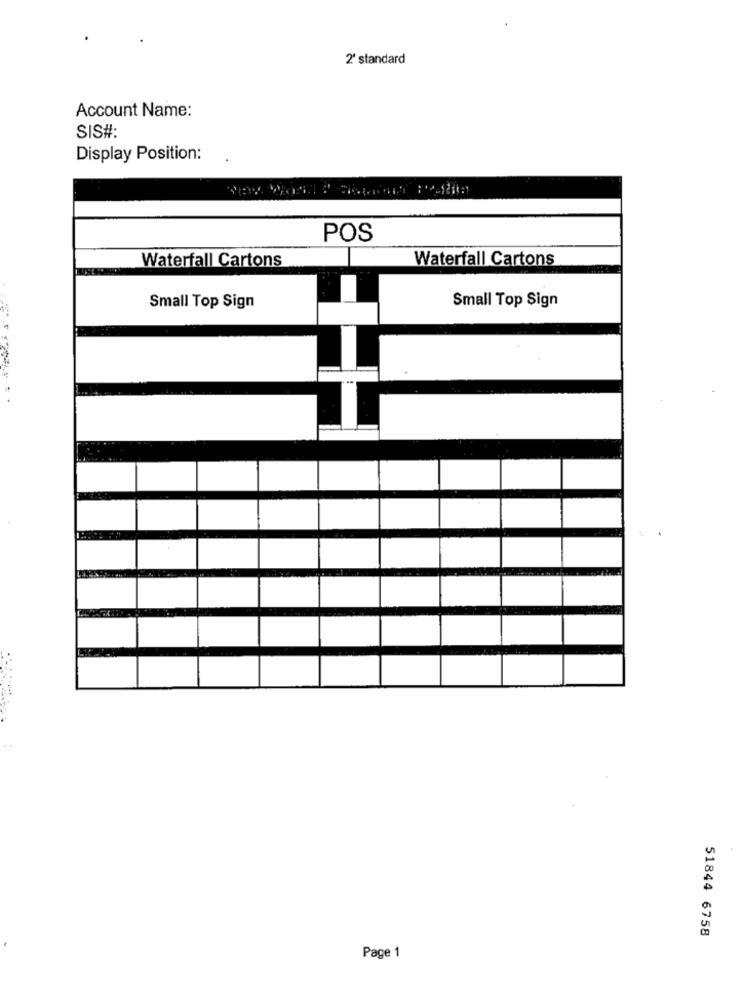
2' standard
Account Name:
SIS#
Display Position:
POS
Waterfall Cartons
Waterfall Cartons
Small Top Sign
Small Top Sign
51844 6758
Page 1